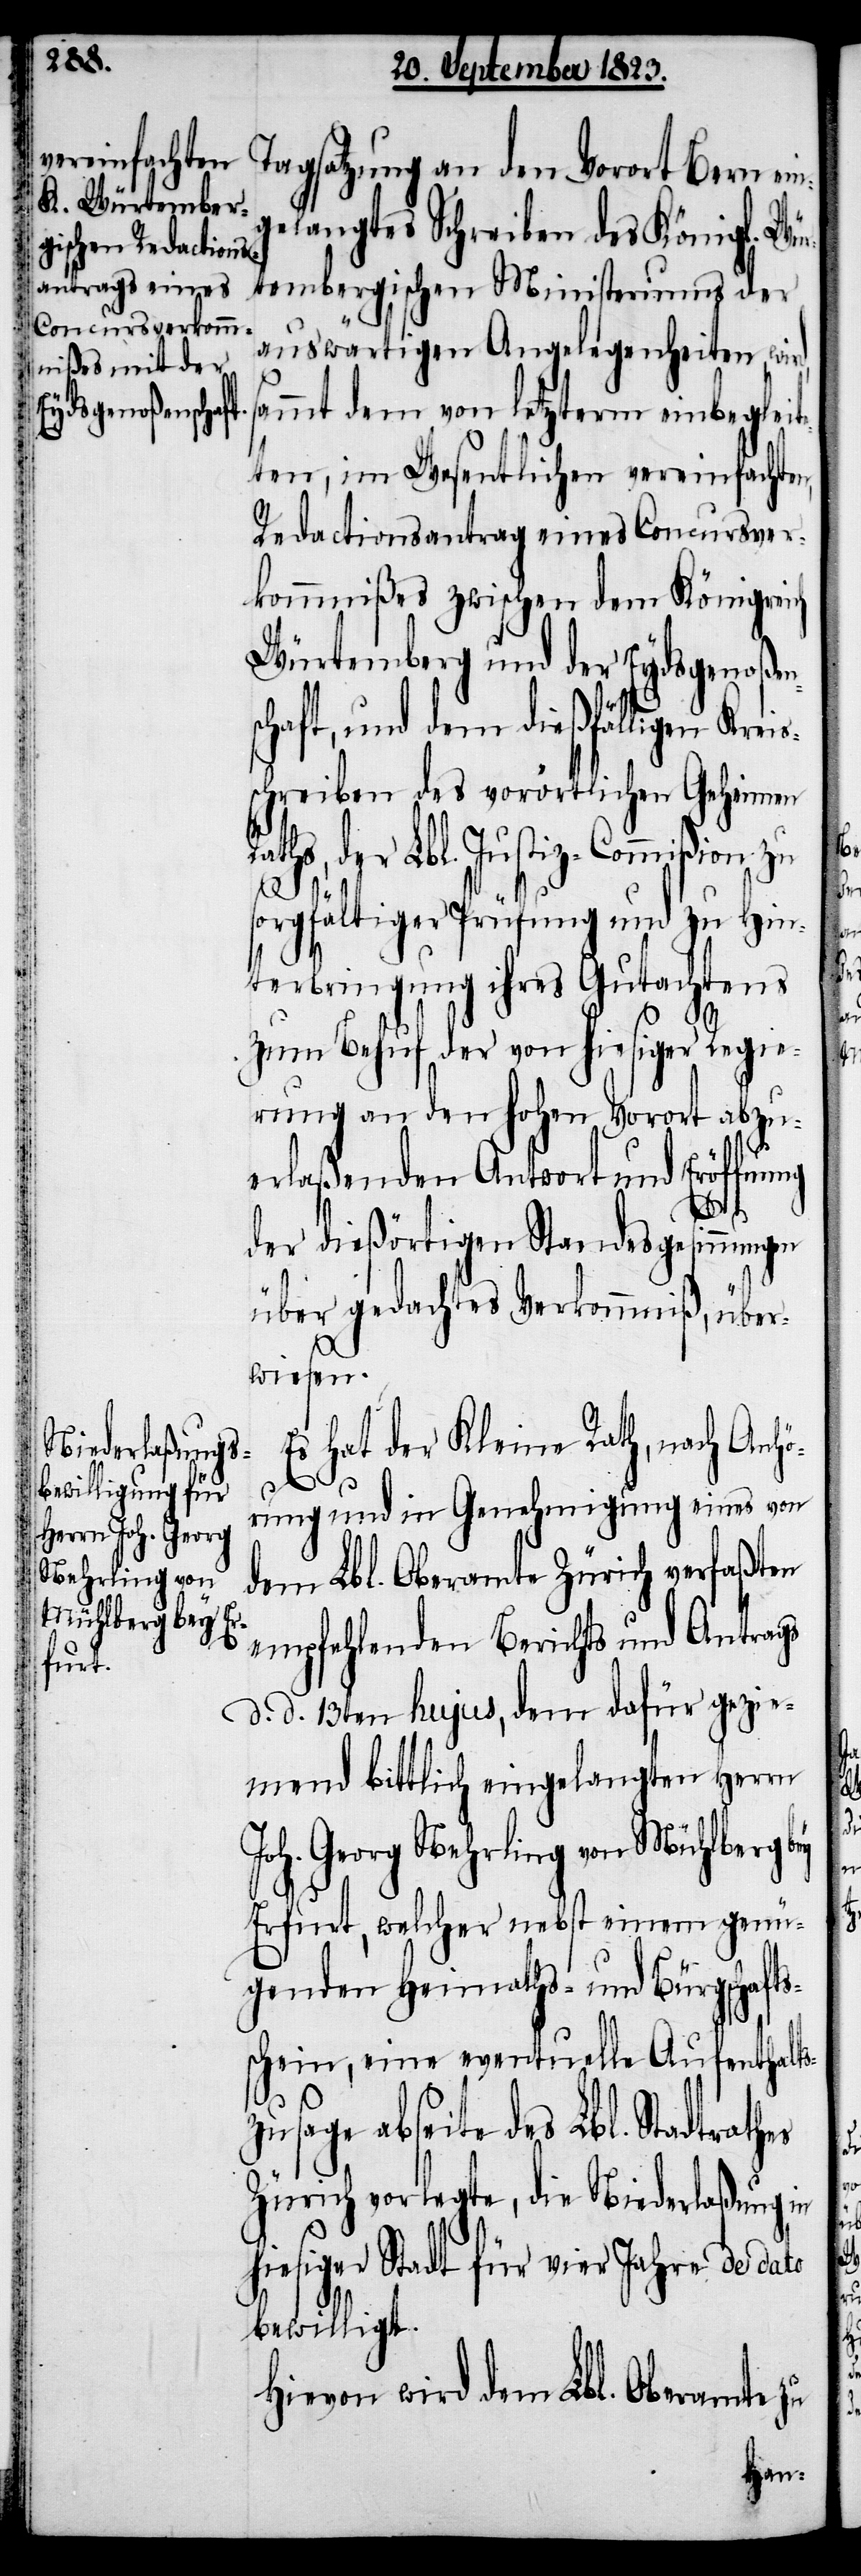
Tagsatzung an den Vorort Bern ein¬
gelangtes Schreiben des Königl. Wür¬
tembergischen Ministeriums der
auswärtigen Angelegenheiten, wird,
ammt dem von letzterm einbegleit¬
eten, im Wesentlichen vereinfachte¬
Redactionsantrag eines Concursver¬
kommnißes zwischen dem Königreich
Würtemberg und der Eydsgenoßen¬
chaft, und dem dießfälligen Kreis¬
schreiben des vorörtlichen Geheimen
aths, der Lbl. Justiz-Commißion zu
R¬
sorgfältiger Prüfung und zu Hin¬
terbringung ihres Gutachtens
zum Behuf der von hiesiger Regie¬
rung an den hohen Vorort abzu¬
erlaßenden Antwort und Eröffn¬
athes
der dießörtigen Standesgesinnungen
über gedachtes Verkommniß, über¬
wiesen.
Es hat der Kleine Rath, nach Anhö¬
rung und in Genehmigung eines von
dem Lbl. Oberamte Zürich verfaßten
empfehlenden Berichts und Antrags
d. d. 13ten hujus, dem dafür gezie¬
mend bittlich eingelangten Herrn
Joh. Georg Nehrling von Mühlberg
Erfurt, welcher nebst einem genü¬
genden Heimaths- und Bürgschafts¬
schein, eine eventuelle Aufenthalts¬
zusage abseite des Lbl. Stadtr¬
Zürich vorlegte, die Niederlaßung in
hiesiger Stadt für vier Jahre de dato
bewilligt.
Hievon wird dem Lbl. Oberamte zu